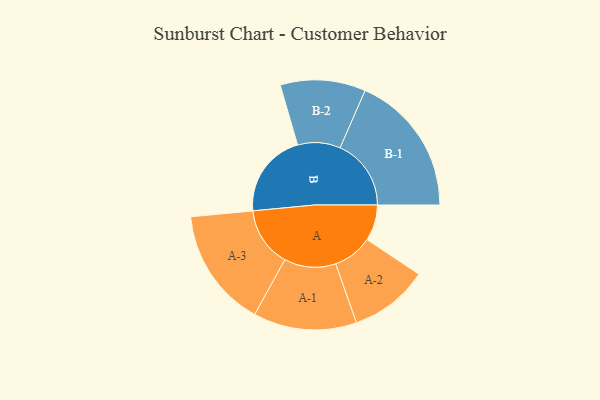
{"axis": {"x": "Segment", "y": "Value"}, "legend": ["", "A", "B"], "data": [{"x": "A", "y": 152, "type": ""}, {"x": "B", "y": 358, "type": ""}, {"x": "A-1", "y": 218, "type": "A"}, {"x": "A-2", "y": 167, "type": "A"}, {"x": "A-3", "y": 252, "type": "A"}, {"x": "B-1", "y": 300, "type": "B"}, {"x": "B-2", "y": 180, "type": "B"}]}